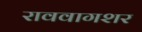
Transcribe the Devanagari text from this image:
राववागशर